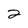
Character: 2